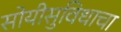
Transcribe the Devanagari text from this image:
सोयीसुविधाचा